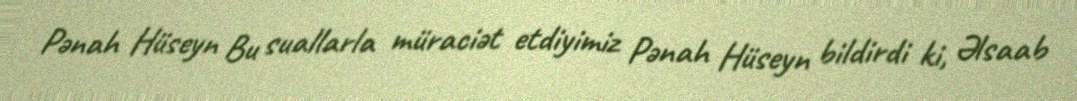
Pənah Hüseyn Bu suallarla müraciət etdiyimiz Pənah Hüseyn bildirdi ki, Əlsaab